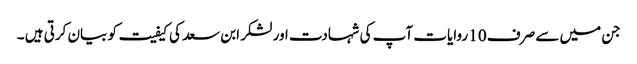
جن میں سے صرف 10 روایات آپ کی شہادت اور لشکر ابن سعد کی کیفیت کو بیان کرتی ہیں ۔